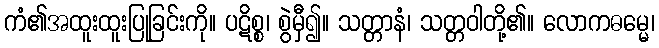
ကံ၏အထူးထူးပြုခြင်းကို။ ပဋိစ္စ၊ စွဲမှီ၍။ သတ္တာနံ၊ သတ္တဝါတို့၏။ လောကဓမ္မေ၊